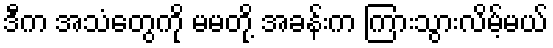
ဒီက အသံတွေကို မမတို့ အခန်းက ကြားသွားလိမ့်မယ်